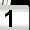
Digit: 1